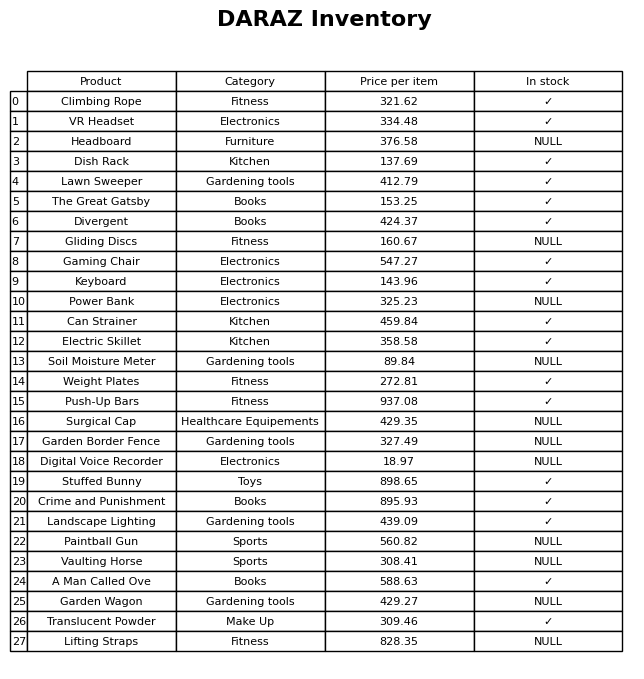
question: What is the price of the Stuffed Bunny?
answer: The price of Stuffed Bunny is 898.65.